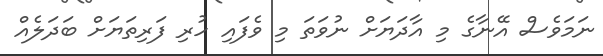
ނަމަވެސް އޭނާގެ މި އާދަޔަށް ނުވަތަ މި ވެފައި ހުރި ފަރިތަޔަށް ބަދަލެއް